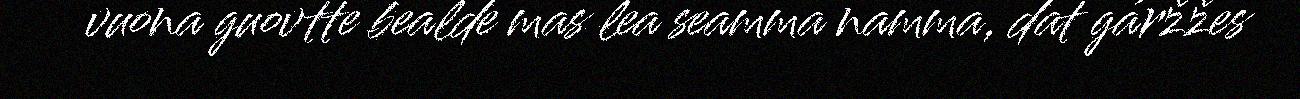
vuona guovtte bealde mas lea seamma namma, dat gáržžes